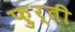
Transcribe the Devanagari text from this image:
फ़ुर्ती